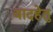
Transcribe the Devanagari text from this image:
वादहेतु